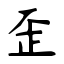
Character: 歪